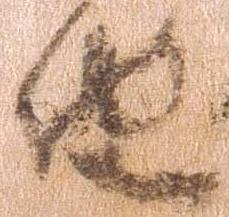
由